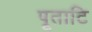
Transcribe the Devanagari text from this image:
पूताटि